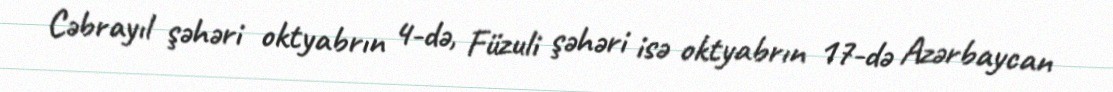
Cəbrayıl şəhəri oktyabrın 4-də, Füzuli şəhəri isə oktyabrın 17-də Azərbaycan